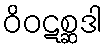
ဝိဝဋစ္ဆဒါ